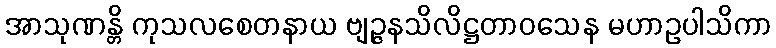
အာသုဏန္တိ ကုသလစေတနာယ ဗျဉ္ဇနသိလိဋ္ဌတာဝသေန မဟာဥပါသိကာ